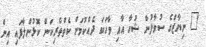
" ނިޔާޒްގެ ސުވާލުން ޝުހާ އާއި ވާހަކަ ދެއްކުމަށް ކެތްތެރިކަން ކޮޅުންލާފައި އިން